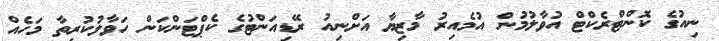
ނިއުގެ ކޮންޓްރެކްޓް އުވާލުމުން އުމެެއިރު މާޒިޔާ އަށްނިއު ރޭޑިއަންޓުގެ ކެޕްޓަންކަން ހަވާލުކުރިތާ މަހެއް